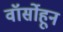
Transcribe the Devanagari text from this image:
वॉर्सोहून